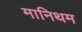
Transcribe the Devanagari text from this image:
मानिथम